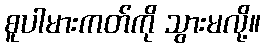
စူပါမားကတ်ကို သွားမလို့။